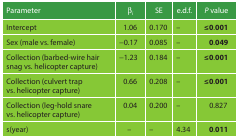
| Parameter | βi | SE | e.d.f. | P value |
 | --- | --- | --- | --- | --- |
 | Intercept | 1.06 | 0.170 | – | ≤ 0.001 |
 | Sex (male vs. female) | −0.17 | 0.085 | – | 0.049 |
 | Collection (barbed-wire hair snag vs. helicopter capture) | −1.23 | 0.184 | – | ≤ 0.001 |
 | Collection (culvert trap vs. helicopter capture) | 0.66 | 0.208 | – | ≤ 0.001 |
 | Collection (leg-hold snare vs. helicopter capture) | 0.04 | 0.200 | – | 0.827 |
 | s(year) | – | – | 4.34 | 0.011 |